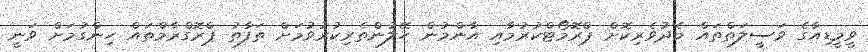
ވީމީޑިއާގެ ވަސީލަތްތައް މެދުވެރިކޮށް ޕްރޮމޯޓްކުރުމާއި އާންމުން ހޭލުންތެރިކުރުވުމަށް ތަފާތު ޕްރޮގްރާމްތައް ހިންގުމަށް ވަނީ